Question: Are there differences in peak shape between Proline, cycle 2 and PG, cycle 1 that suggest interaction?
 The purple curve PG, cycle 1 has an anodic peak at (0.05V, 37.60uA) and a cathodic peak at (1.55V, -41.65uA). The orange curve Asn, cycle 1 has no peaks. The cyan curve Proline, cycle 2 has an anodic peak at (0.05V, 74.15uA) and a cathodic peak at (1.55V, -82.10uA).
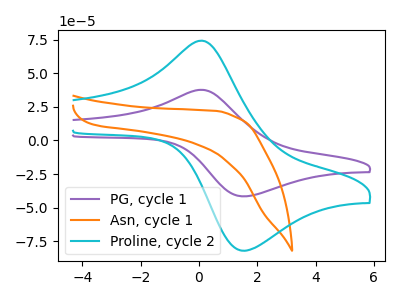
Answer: <think>All the peaks in "Proline, cycle 2" have a peak in "PG, cycle 1" at the same potential. Every peak in "Proline, cycle 2" is higher than every peak in "PG, cycle 1".
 </think>
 <answer>No, "Proline, cycle 2" and "PG, cycle 1" don't appear to be significantly different in shape</answer>
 <eval>no_change</eval>